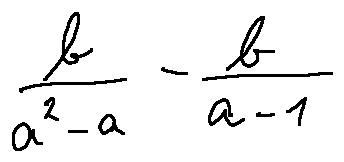
\frac { b } { a ^ { 2 } - a } - \frac { b } { a - 1 }